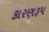
કારણરૂપ